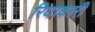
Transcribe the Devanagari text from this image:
रियाकारी